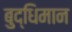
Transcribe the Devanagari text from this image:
बुद्‍धिमान